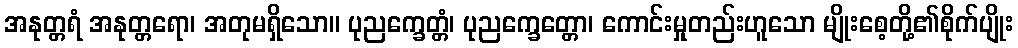
အနုတ္တရံ အနုတ္တရော၊ အတုမရှိသော။ ပုညက္ခေတ္တံ၊ ပုညက္ခေတ္တော၊ ကောင်းမှုတည်းဟူသော မျိုးစေ့တို့၏စိုက်ပျိုး